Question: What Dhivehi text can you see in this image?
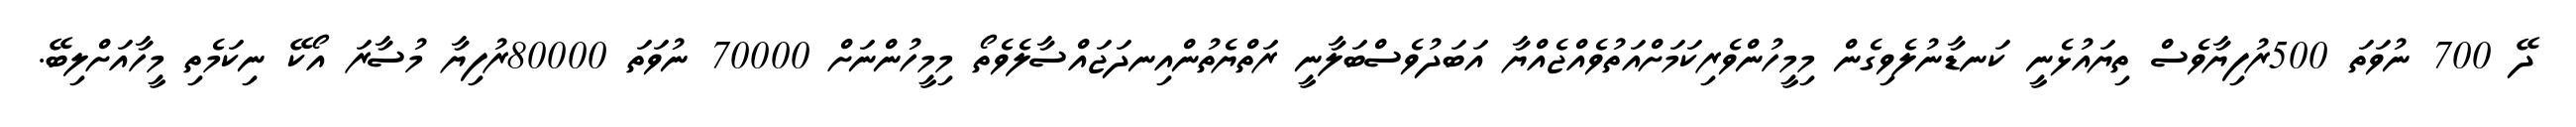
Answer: ދޭ 700 ނުވަތަ 500ރުފިޔާވެސް ތިޔައުޅެނީ ކަނޑާނުލެވިގެން މިމީހުންވެރިކަމަށްއަތުވެއްޖެއްޔާ އަބަދުވެސްބަލާނީ ރަތްޔެތުންއިނދަޖައްސާލެވެތޯ މިމީހުންނަށް 70000 ނުވަތަ 80000ރުފިޔާ މުސާރަ އޯކޭ ނިކަމެތި މީހާއަށްލިބޭ.